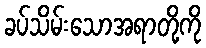
ခပ်သိမ်းသောအရာတို့ကို